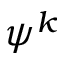
\psi ^ { k }